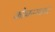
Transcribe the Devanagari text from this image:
कोकणस्थ।